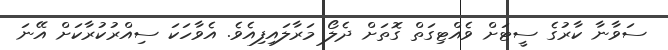
ސަވާނާ ކާރުގެ ސީޓަށް ވެއްޓިގަތް ގޮތަށް ދެލޯ މަރާލައިފިއެވެ. އެވާހަކަ ސިއްރުކުރާކަށް އޭނަ